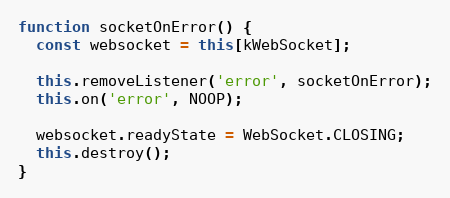
Language: JavaScript
function socketOnError() {
  const websocket = this[kWebSocket];

  this.removeListener('error', socketOnError);
  this.on('error', NOOP);

  websocket.readyState = WebSocket.CLOSING;
  this.destroy();
}